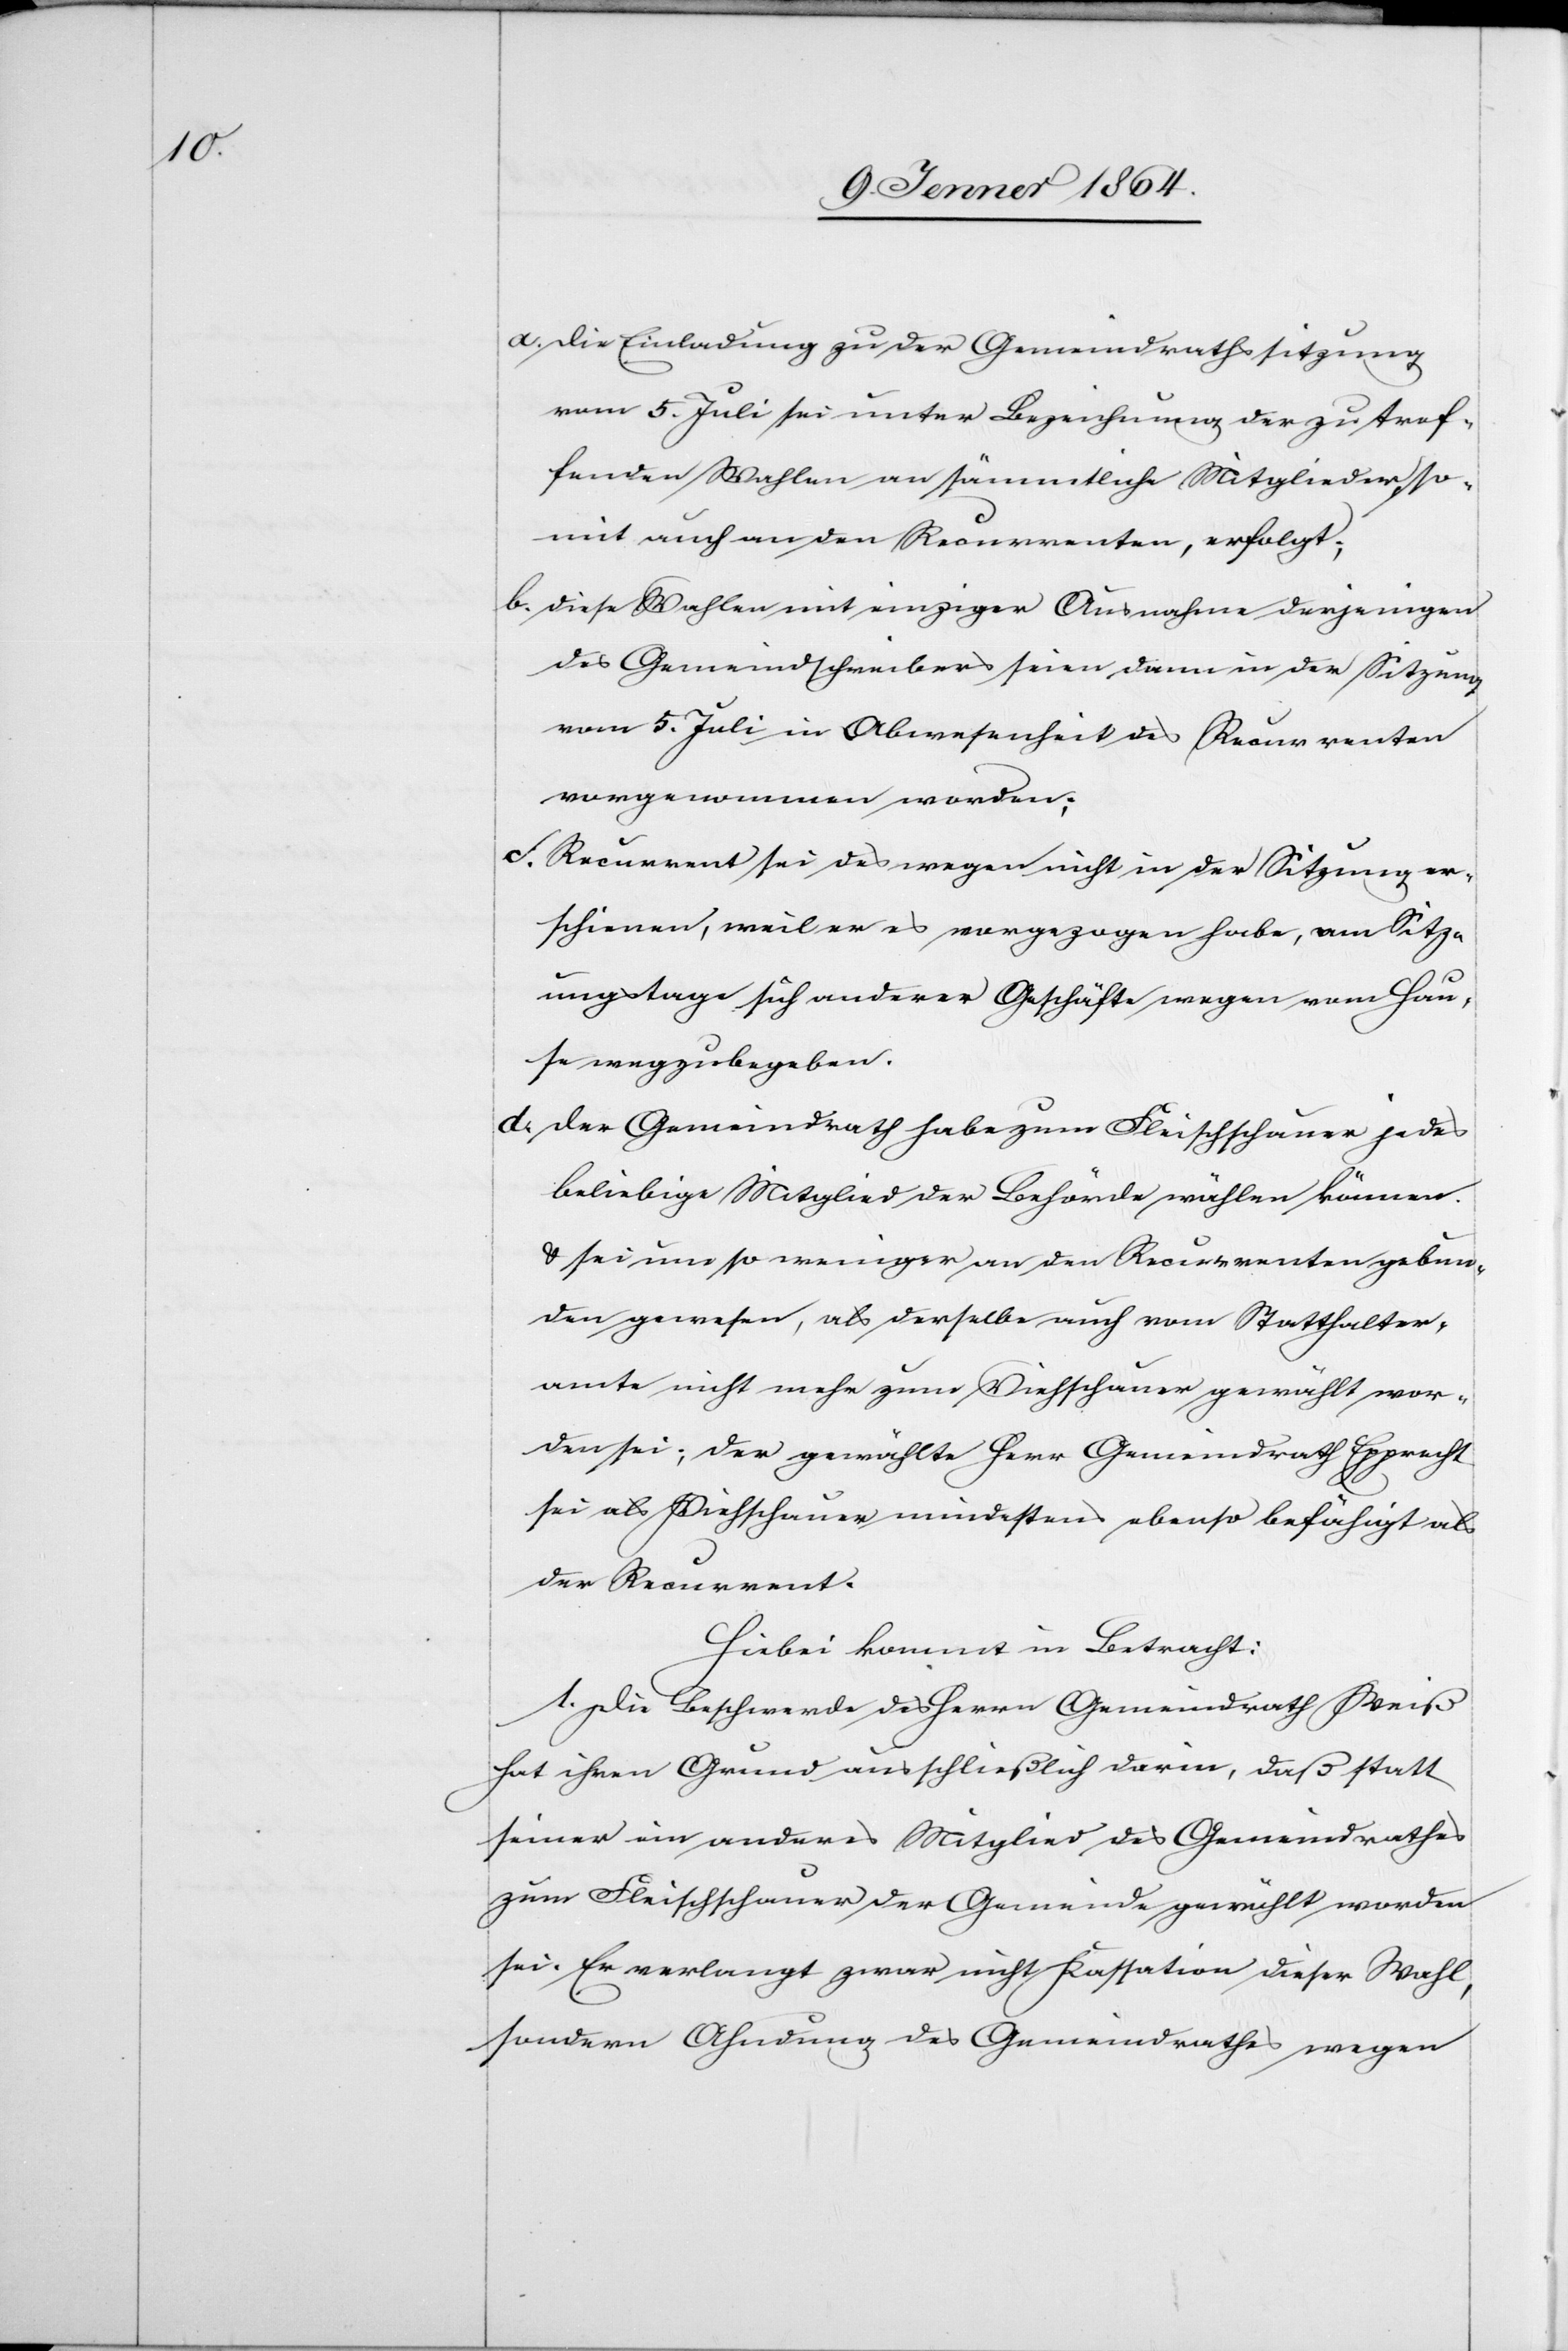
a. die Einladung zu der Gemeindrathssitzung
vom 5. Juli sei unter Bezeichnung der zu tref¬
fenden Wahlen an sämmtliche Mitglieder, so¬
mit auch an den Recurrenten, erfolgt;
b. diese Wahlen mit einziger Ausnahme derjenigen
des Gemeindschreibers seien dann in der Sitzung
vom 5. Juli in Abwesenheit des Recurrenten
vorgenommen worden;
c. Recurrent sei deswegen nicht in der Sitzung er¬
schienen, weil er es vorgezogen habe, am Sitz¬
ungstage sich anderer Geschäfte wegen vom Hau¬
se wegzubegeben.
d. der Gemeindrath habe zum Fleischschauer jedes
beliebige Mitglied der Behörde wählen können
u. sei um so weniger an den Recurrenten gebun¬
den gewesen, als derselbe auch vom Statthalter¬
amte nicht mehr zum Viehschauer gewählt wor¬
den sei; der gewählte Herr Gemeindrath Epprecht
sei als Viehschauer mindestens ebenso befähigt als
der Recurrent.
Hiebei kommt in Betracht:
1. Die Beschwerde des Herrn Gemeindrath Weiß
hat ihren Grund ausschließlich darin, daß statt
seiner ein anderes Mitglied des Gemeindrathes
zum Fleischschauer der Gemeinde gewählt worden
sei. Er verlangt zwar nicht Kassation dieser Wahl,
sondern Ahndung des Gemeindrathes wegen